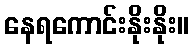
နေရကောင်းနိုးနိုး။